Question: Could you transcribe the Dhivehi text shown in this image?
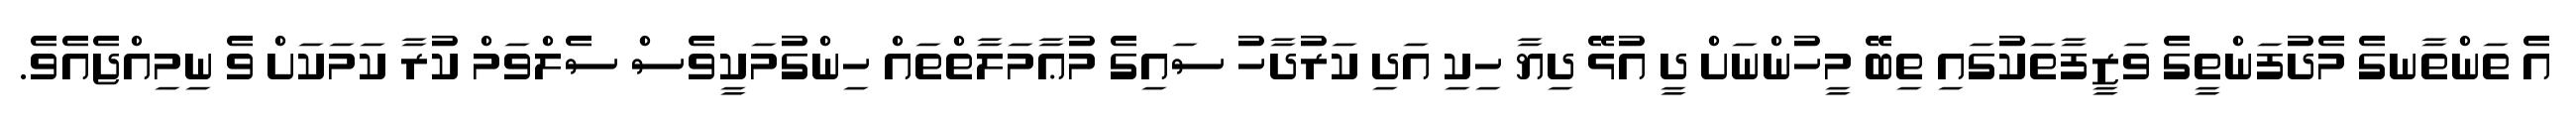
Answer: އެ ތަންތާނގެ މެދުފަންތީގެ ވަޒީފާތަކުގައި ތިބޭ މީހުންނަށް ދީ އުޅޭ ދިޔާ ހިކި އަދި ކަރުދާހު ސައިގެ މުޢާމަލާތްތައް ހިންގުމަކީވެސް ސެލްވަމް ކުރާ ކަމަކަށް ވެ ނިމިއްޖެއެވެ.